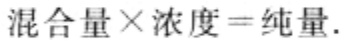
混合量×浓度=纯量.